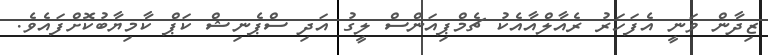
ޒިދާން ވަނީ އެފަހަރު ރެއާލްއާއެކު ޗެމްޕިއަންސް ލީގު އަދި ސްޕެނިޝް ކަޕް ކާމިޔާބުކޮށްފައެވެ.